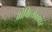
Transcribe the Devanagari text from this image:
ओमित्येकाक्षरं